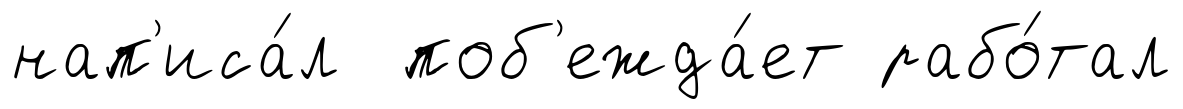
нап'иса́л поб'ежда́ет рабо́тал